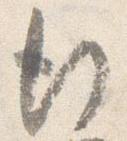
行